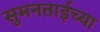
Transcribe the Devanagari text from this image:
सुमनताईच्या